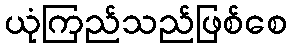
ယုံကြည်သည်ဖြစ်စေ